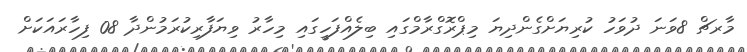
މާރޗް 8ވަނަ ދުވަހު ކުރިޔަށްގެންދިޔަ މިޕްރޮގްރާމްގައި ބިލެއްފަހީގައި މިހާރު ވިޔަފާރިކުރަމުންދާ 08 ފިހާރައަކަށް